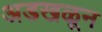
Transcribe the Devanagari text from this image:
अडखळून